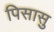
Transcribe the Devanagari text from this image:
पिसासु